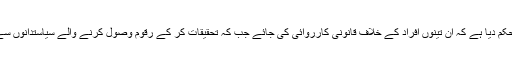
عدالت نے وفاقی حکومت کو حکم دیا ہے کہ ان تینوں افراد کے خلاف قانونی کارروائی کی جائے جب کہ تحقیقات کر کے رقوم وصول کرنے والے سیاستدانوں سے بھی اس کا حساب لیا جائے۔